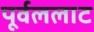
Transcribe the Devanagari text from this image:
पूर्वललाट